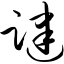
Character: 踺